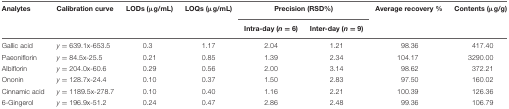
| Analytes | Calibration curve | LODs (μg/mL) | LOQs (μg/mL) | <COLSPAN=2> Precision (RSD%) | Average recovery % | Contents (μg/g) |
 |  |  |  |  | Intra-day (n = 6) | Inter-day (n = 9) |  |  |
 | --- | --- | --- | --- | --- | --- | --- | --- |
 | Gallic acid | y = 639.1x-653.5 | 0.3 | 1.17 | 2.04 | 1.21 | 98.36 | 417.40 |
 | Paeoniflorin | y = 84.5x-25.5 | 0.21 | 0.85 | 1.39 | 2.34 | 104.17 | 3290.00 |
 | Albiflorin | y = 204.0x-60.6 | 0.29 | 0.56 | 2.00 | 3.14 | 98.62 | 372.21 |
 | Ononin | y = 128.7x-24.4 | 0.10 | 0.37 | 1.50 | 2.83 | 97.50 | 160.02 |
 | Cinnamic acid | y = 1189.5x-278.7 | 0.10 | 0.40 | 1.16 | 2.21 | 100.39 | 126.36 |
 | 6-Gingerol | y = 196.9x-51.2 | 0.24 | 0.47 | 2.86 | 2.48 | 99.36 | 106.79 |